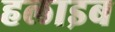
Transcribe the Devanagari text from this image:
हलाइब